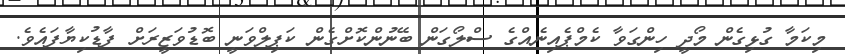
މިކަމާ ގުޅިގެން މޯދީ ހިންގަވާ ކެމްޕެއިނެއްގެ ސްލޯގަން ބޭނުންކޮށްގެން ކަޕިލްވަނީ ބޮޑުވަޒީރަށް ފާޑުކިޔާފައެވެ.